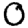
Digit: 0